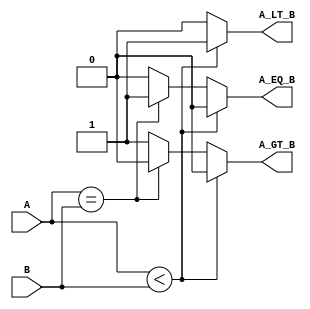
module parameterized_comparator #(
    parameter WIDTH = 8  // Default width is set to 8 bits
)(
    input  [WIDTH-1:0] A,  // First operand
    input  [WIDTH-1:0] B,  // Second operand
    output reg A_LT_B,      // A less than B
    output reg A_EQ_B,      // A equal to B
    output reg A_GT_B       // A greater than B
);

    // Combinational logic to compare A and B
    always @(*) begin
        // Initialize outputs to 0
        A_LT_B = 0;
        A_EQ_B = 0;
        A_GT_B = 0;

        // Perform comparison
        if (A < B) begin
            A_LT_B = 1;   // A is less than B
        end else if (A == B) begin
            A_EQ_B = 1;   // A is equal to B
        end else begin
            A_GT_B = 1;   // A is greater than B
        end
    end

endmodule